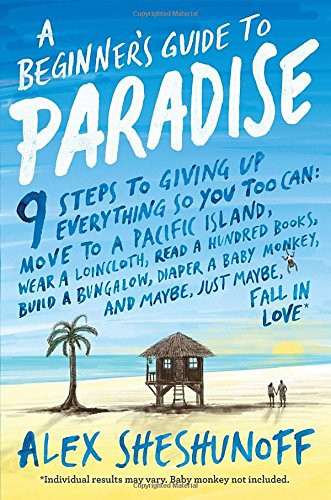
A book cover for A Beginner's Guide to Paradise: 9 Steps to Giving Up Everything; Alex Sheshunoff; Biographies & Memoirs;